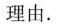
理由。